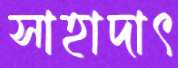
সাহাদাৎ